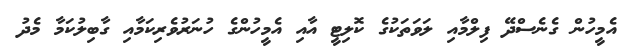
އެމީހުން ގެނެސްދޭ ފިލްމާއި ލަވަތަކުގެ ކޮލިޓީ އާއި އެމީހުންގެ ހުނަރުވެރިކަމާއި ގާބިލުކަމާ މެދު